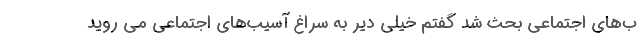
ب‌‌های اجتماعی بحث شد گفتم خیلی دیر به سراغ آسیب‌‌های اجتماعی می روید